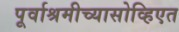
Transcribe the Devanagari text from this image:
पूर्वाश्रमीच्यासोव्हिएत